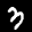
Label: 3